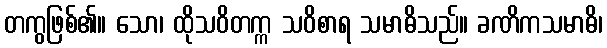
တကွဖြစ်၏။ သော၊ ထိုသဝိတက္က သဝိစာရ သမာဓိသည်။ ခဏိကသမာဓိ၊